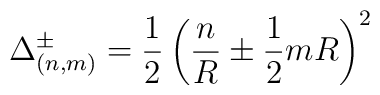
\Delta _{(n,m)}^{\pm }=\frac{1}{2}\left( \frac{n}{R}\pm \frac{1}{2}mR\right) ^{2}